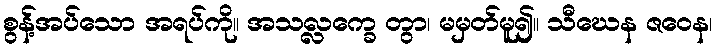
စွန့်အပ်သော အရပ်ကို။ အသလ္လက္ခေ တွာ၊ မမှတ်မူ၍။ သီဃေန ဇဝေန၊